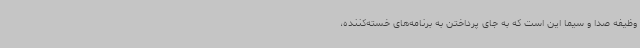
وظیفه صدا و سیما این است که به جای پرداختن به برنامه‌های خسته‌کننده،